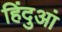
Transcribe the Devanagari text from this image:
हिंदुआं